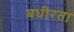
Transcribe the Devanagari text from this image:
बधीरता